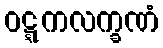
ဝဋ္ဋကလက္ခဏံ